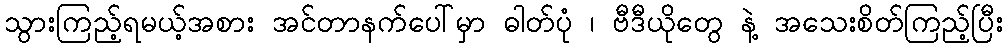
သွားကြည့်ရမယ့်အစား အင်တာနက်ပေါ်မှာ ဓါတ်ပုံ ၊ ဗီဒီယိုတွေ နဲ့ အသေးစိတ်ကြည့်ပြီး